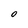
Character: O